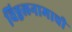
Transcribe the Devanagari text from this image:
विठ्ठलनामाची